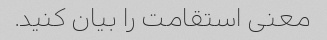
معنی استقامت را بیان کنید.